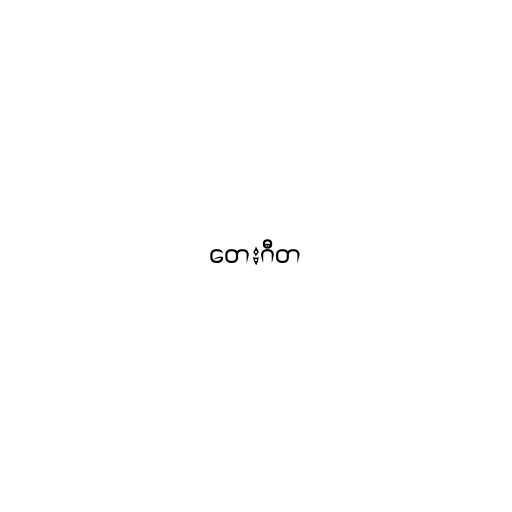
တေးဂီတ